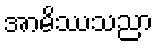
အာမိဿသညာ